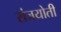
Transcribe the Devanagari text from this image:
संजयोती